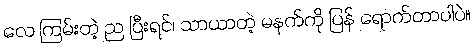
လေ ကြမ်းတဲ့ ည ပြီးရင်၊ သာယာတဲ့ မနက်ကို ပြန် ရောက်တာပါပဲ။